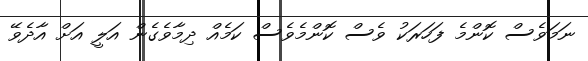
ނަމަވެސް ކޮންމެ ފަހަރަކު ވެސް ކޮންމެވެސް ކަމެއް ދިމާވެގެން އަލީ އަށް އާދެވޭ